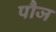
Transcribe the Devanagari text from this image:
पौज